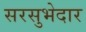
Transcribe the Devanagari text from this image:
सरसुभेदार